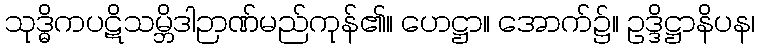
သုဒ္ဓိကပဋိသမ္ဘိဒါဉာဏ်မည်ကုန်၏။ ဟေဋ္ဌာ။ အောက်၌။ ဥဒ္ဒိဋ္ဌာနိပန၊